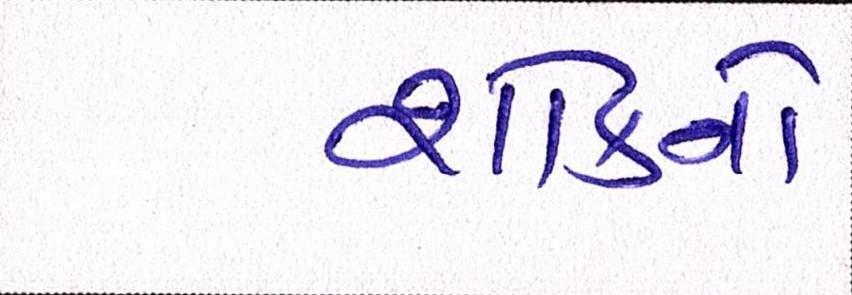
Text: શોકનો